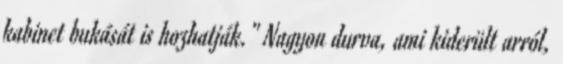
kabinet bukását is hozhatják." Nagyon durva, ami kiderült arról,